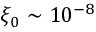
\xi _ { 0 } \sim 1 0 ^ { - 8 }